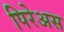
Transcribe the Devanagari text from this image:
पिरेअस